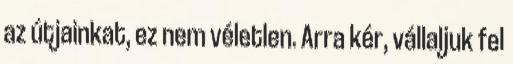
az útjainkat, ez nem véletlen. Arra kér, vállaljuk fel